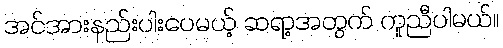
အင်အားနည်းပါးပေမယ့် ဆရာ့အတွက် ကူညီပါမယ်။